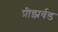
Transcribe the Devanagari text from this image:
प्रीझर्वड